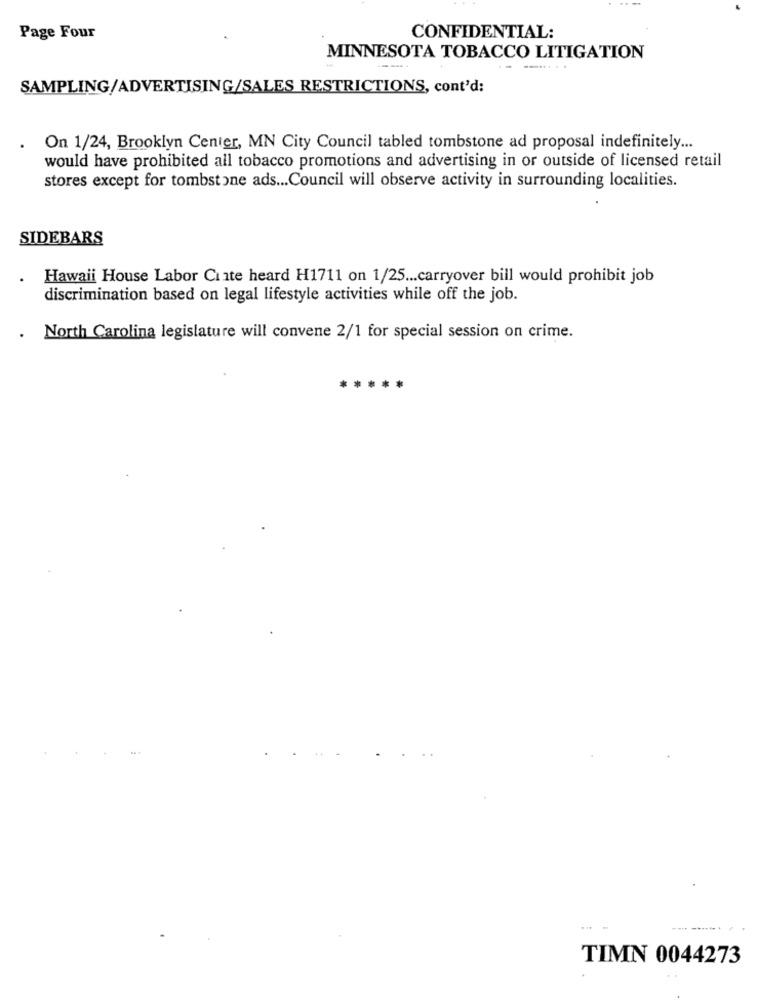
Page Four
CONFIDENTIAL:
MINNESOTA TOBACCO LITIGATION
SAMPLING/ADVERTISING/SALES RESTRICTIONS, cont'd:
. On 1/24, Brooklyn Center, MN City Council tabled tombstone ad proposal indefinitely ...
would have prohibited all tobacco promotions and advertising in or outside of licensed retail
stores except for tombstone ads ... Council will observe activity in surrounding localities.
SIDEBARS
Hawaii House Labor Ciate heard H1711 on 1/25 ... carryover bill would prohibit job
discrimination based on legal lifestyle activities while off the job.
. North Carolina legislature will convene 2/1 for special session on crime.
TIMN 0044273